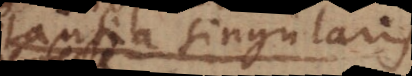
substantia singularis